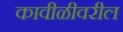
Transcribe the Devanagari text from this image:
कावीळीवरील